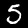
Digit: 5